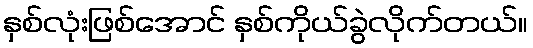
နှစ်လုံးဖြစ်အောင် နှစ်ကိုယ်ခွဲလိုက်တယ်။